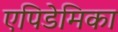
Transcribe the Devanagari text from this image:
एपिडेमिका